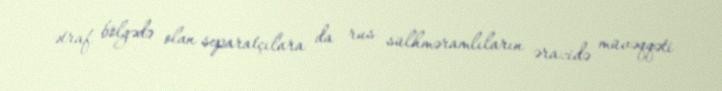
ətraf bölgədə olan separatçılara da rus sülhməramlıların ərazidə müvəqqəti